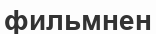
фильмнен